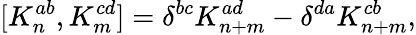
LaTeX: [K_{n}^{ab},K_{m}^{cd}]=\delta^{bc}K_{n+m}^{ad}-\delta^{da}K_{n+m}^{cb},